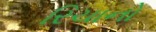
રિચાનો